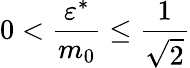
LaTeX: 0<\frac{\varepsilon^{\ast}}{m_{0}}\le\frac{1}{\sqrt{2}}